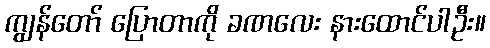
ကျွန်တော် ပြောတာကို ခဏလေး နားထောင်ပါဦး။